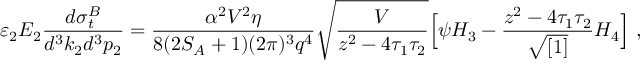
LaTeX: \varepsilon _ { 2 } E _ { 2 } \frac { d \sigma _ { t } ^ { B } } { d ^ { 3 } k _ { 2 } d ^ { 3 } p _ { 2 } } = \frac { \alpha ^ { 2 } V ^ { 2 } \eta } { 8 ( 2 S _ { A } + 1 ) ( 2 \pi ) ^ { 3 } q ^ { 4 } } \sqrt { \frac { V } { z ^ { 2 } - 4 \tau _ { 1 } \tau _ { 2 } } } \Bigl [ \psi H _ { 3 } - \frac { z ^ { 2 } - 4 \tau _ { 1 } \tau _ { 2 } } { \sqrt { [ 1 ] } } H _ { 4 } \Bigr ] \ ,